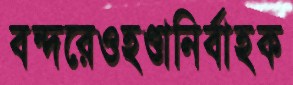
বন্দরেওহণ্ডানির্বাহক